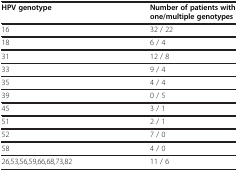
<table><thead><tr><td><b>HPV genotype</b></td><td><b>Number of patients with one/multiple genotypes</b></td></tr></thead><tbody><tr><td>16</td><td>32 / 22</td></tr><tr><td>18</td><td>6 / 4</td></tr><tr><td>31</td><td>12 / 8</td></tr><tr><td>33</td><td>9 / 4</td></tr><tr><td>35</td><td>4 / 4</td></tr><tr><td>39</td><td>0 / 5</td></tr><tr><td>45</td><td>3 / 1</td></tr><tr><td>51</td><td>2 / 1</td></tr><tr><td>52</td><td>7 / 0</td></tr><tr><td>58</td><td>4 / 0</td></tr><tr><td>26,53,56,59,66,68,73,82</td><td>11 / 6</td></tr></tbody></table>